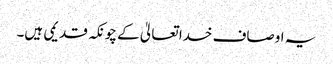
یہ اوصاف خدا تعالیٰ کے چونکہ قدیمی ہیں۔